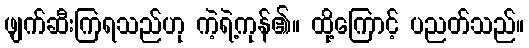
ဖျက်ဆီးကြရသည်ဟု ကဲ့ရဲ့ကုန်၏။ ထို့ကြောင့် ပညတ်သည်။